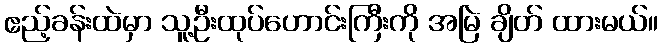
ဧည့်ခန်းထဲမှာ သူ့ဦးထုပ်ဟောင်းကြီးကို အမြဲ ချိတ် ထားမယ်။